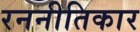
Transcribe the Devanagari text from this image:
रननीतिकार